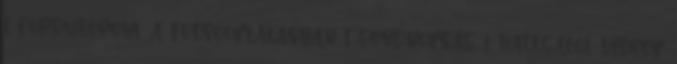
1 fordulópont a felsőoktatásban 1 gondnokság 1 hallgatói videók